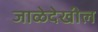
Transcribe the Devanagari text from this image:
जाळेदेखील